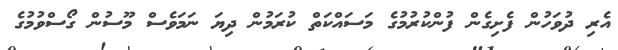
އެރި ދުވަހުން ފެށިގެން ފުންކުރުމުގެ މަސައްކަތް ކުރަމުން ދިޔަ ނަމަވެސް މޫސުން ގޯސްވުމުގެ